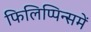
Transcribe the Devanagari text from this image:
फिलिप्पिन्समें